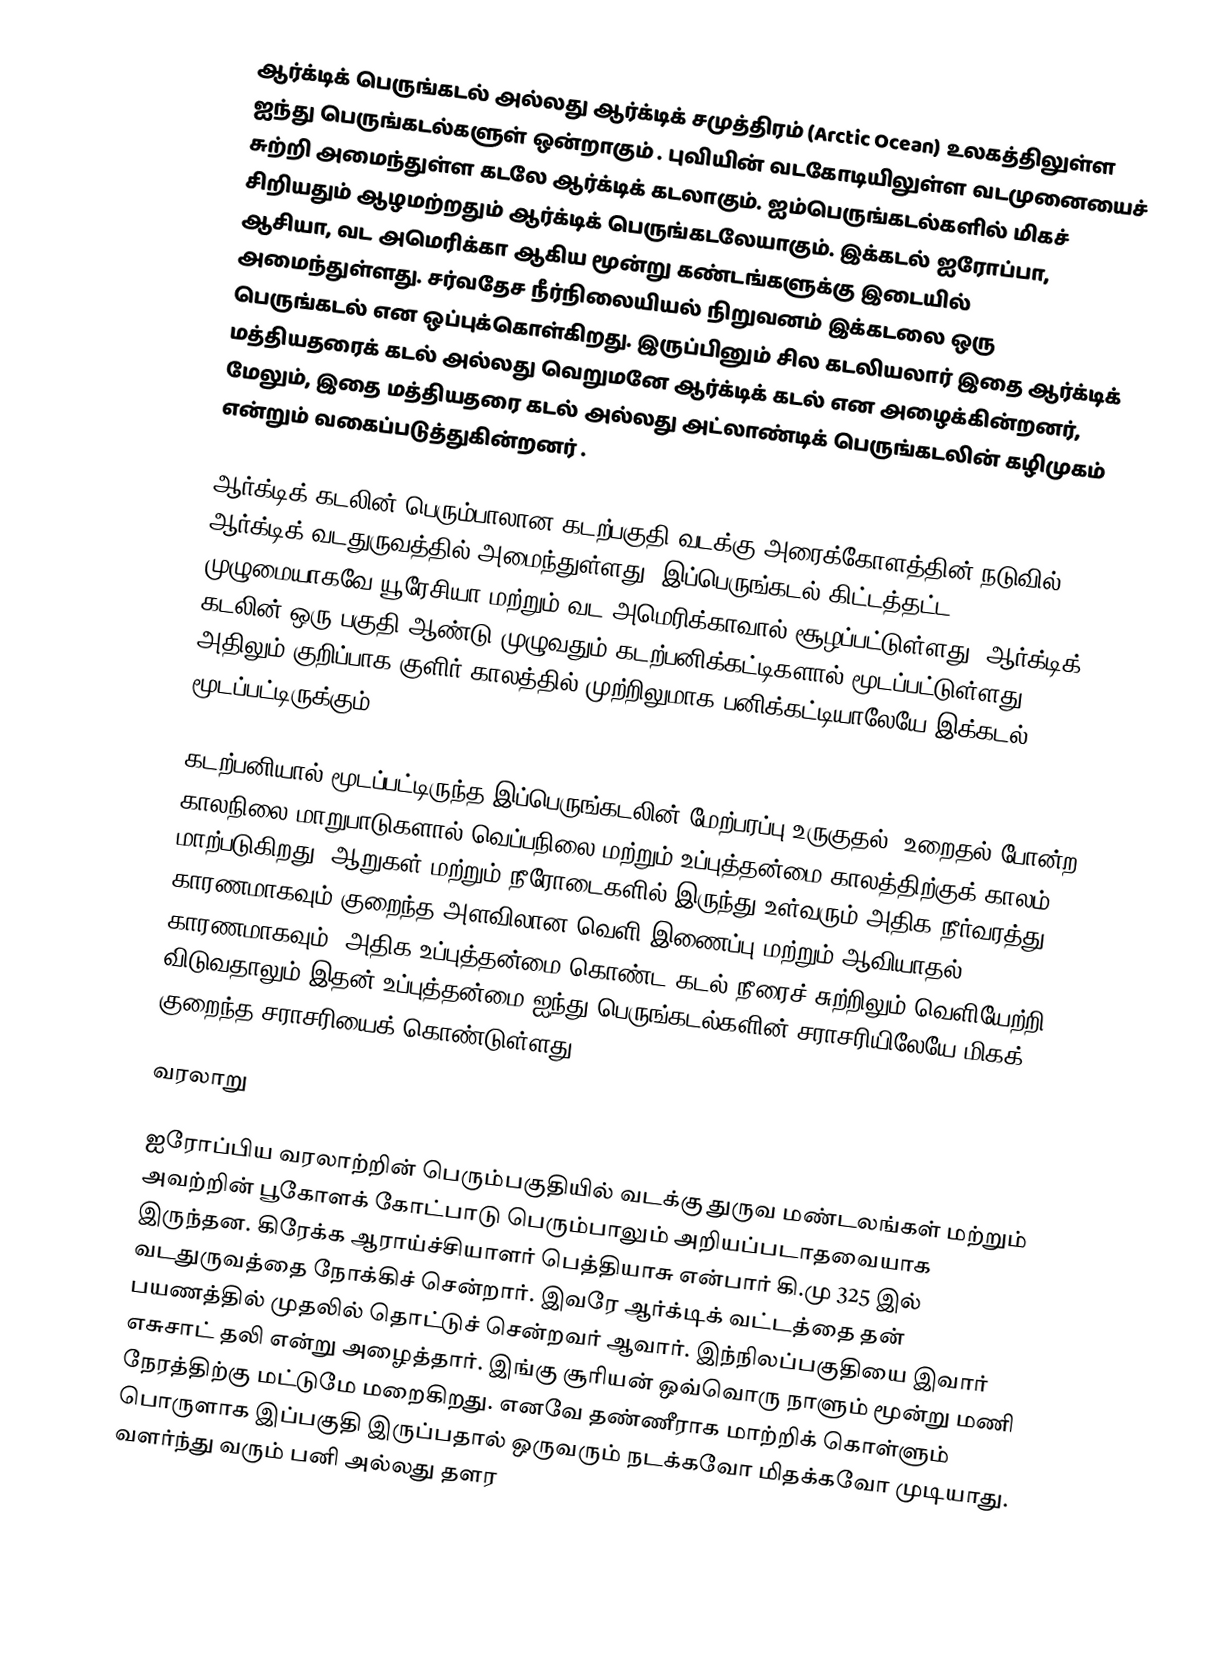
ஆர்க்டிக் பெருங்கடல் அல்லது ஆர்க்டிக் சமுத்திரம் (Arctic Ocean) உலகத்திலுள்ள ஐந்து பெருங்கடல்களுள் ஒன்றாகும் . புவியின் வடகோடியிலுள்ள வடமுனையைச் சுற்றி அமைந்துள்ள கடலே ஆர்க்டிக் கடலாகும். ஐம்பெருங்கடல்களில் மிகச் சிறியதும் ஆழமற்றதும் ஆர்க்டிக் பெருங்கடலேயாகும். இக்கடல் ஐரோப்பா, ஆசியா, வட அமெரிக்கா ஆகிய மூன்று கண்டங்களுக்கு இடையில் அமைந்துள்ளது. சர்வதேச நீர்நிலையியல் நிறுவனம் இக்கடலை ஒரு பெருங்கடல் என ஒப்புக்கொள்கிறது. இருப்பினும் சில கடலியலார் இதை ஆர்க்டிக் மத்தியதரைக் கடல் அல்லது வெறுமனே ஆர்க்டிக் கடல் என அழைக்கின்றனர், மேலும், இதை மத்தியதரை கடல் அல்லது அட்லாண்டிக் பெருங்கடலின் கழிமுகம் என்றும்  வகைப்படுத்துகின்றனர் .

ஆர்க்டிக் கடலின் பெரும்பாலான கடற்பகுதி வடக்கு அரைக்கோளத்தின் நடுவில் ஆர்க்டிக் வடதுருவத்தில் அமைந்துள்ளது, இப்பெருங்கடல் கிட்டத்தட்ட முழுமையாகவே யூரேசியா மற்றும் வட அமெரிக்காவால் சூழப்பட்டுள்ளது. ஆர்க்டிக் கடலின் ஒரு பகுதி ஆண்டு முழுவதும் கடற்பனிக்கட்டிகளால் மூடப்பட்டுள்ளது. அதிலும் குறிப்பாக குளிர் காலத்தில் முற்றிலுமாக பனிக்கட்டியாலேயே இக்கடல் மூடப்பட்டிருக்கும்.

கடற்பனியால் மூடப்பட்டிருந்த இப்பெருங்கடலின் மேற்பரப்பு உருகுதல், உறைதல் போன்ற காலநிலை மாறுபாடுகளால் வெப்பநிலை மற்றும் உப்புத்தன்மை காலத்திற்குக் காலம் மாற்படுகிறது. ஆறுகள் மற்றும் நீரோடைகளில் இருந்து உள்வரும் அதிக நீர்வரத்து காரணமாகவும் குறைந்த அளவிலான வெளி இணைப்பு மற்றும் ஆவியாதல் காரணமாகவும், அதிக உப்புத்தன்மை கொண்ட கடல் நீரைச் சுற்றிலும் வெளியேற்றி விடுவதாலும் இதன் உப்புத்தன்மை ஐந்து பெருங்கடல்களின் சராசரியிலேயே மிகக் குறைந்த சராசரியைக் கொண்டுள்ளது.

வரலாறு

ஐரோப்பிய வரலாற்றின் பெரும்பகுதியில் வடக்கு துருவ மண்டலங்கள் மற்றும் அவற்றின் பூகோளக் கோட்பாடு பெரும்பாலும் அறியப்படாதவையாக இருந்தன. கிரேக்க ஆராய்ச்சியாளர் பெத்தியாசு என்பார் கி.மு 325 இல் வடதுருவத்தை நோக்கிச் சென்றார். இவரே ஆர்க்டிக் வட்டத்தை தன் பயணத்தில் முதலில் தொட்டுச் சென்றவர் ஆவார். இந்நிலப்பகுதியை இவார் எசுசாட் தலி என்று அழைத்தார். இங்கு சூரியன் ஒவ்வொரு நாளும் மூன்று மணி நேரத்திற்கு மட்டுமே மறைகிறது. எனவே தண்ணீராக மாற்றிக் கொள்ளும் பொருளாக இப்பகுதி இருப்பதால் ஒருவரும் நடக்கவோ மிதக்கவோ முடியாது. வளர்ந்து வரும் பனி அல்லது தளர